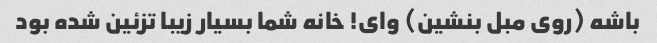
باشه (روی مبل بنشین) وای! خانه شما بسیار زیبا تزئین شده بود